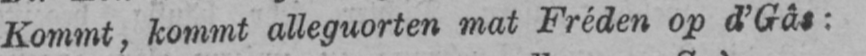
Kommt, kommt alleguorten mat Fréden op d’Gâs: